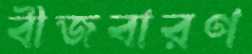
বীজবারণ